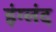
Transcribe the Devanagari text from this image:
इंग्लंद